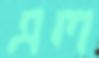
এল